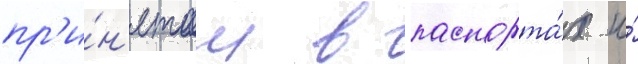
пр'и́н'ятом в паспорта́х и́